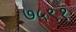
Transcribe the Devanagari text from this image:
७५९१